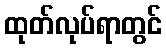
ထုတ်လုပ်ရာတွင်